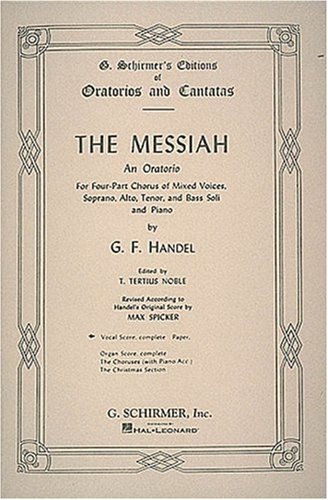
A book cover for The Messiah: An Oratorio for Four-Part Chorus of Mixed Voices, Soprano, Alto, Tenor, and Bass Soli and Piano; G. F. Handel; Humor & Entertainment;